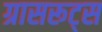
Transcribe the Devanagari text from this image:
ग्रासरूट्स